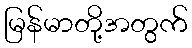
မြန်မာတို့အတွက်